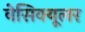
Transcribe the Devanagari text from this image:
वेसिक्यूलर